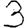
Digit: 3